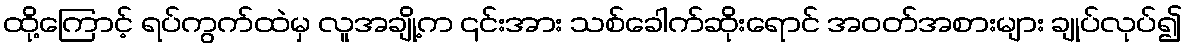
ထို့ကြောင့် ရပ်ကွက်ထဲမှ လူအချို့က ၎င်းအား သစ်ခေါက်ဆိုးရောင် အဝတ်အစားများ ချုပ်လုပ်၍